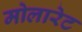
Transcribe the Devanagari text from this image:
मोलारेट